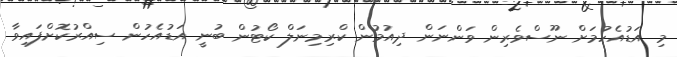
މި އަޑުއެހުމަށް ނޫސްވެރިން ވަންނަން ދިއުމުން ކްރިމިނަލް ކޯޓުން ބުނީ އަޑުއެހުން ސިއްރުކޮށްފައިވާ